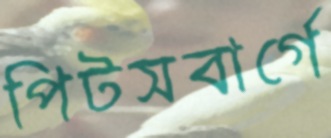
পিটসবার্গে